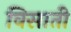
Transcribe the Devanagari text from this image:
विसाती